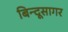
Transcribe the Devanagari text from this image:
बिन्दूसागर